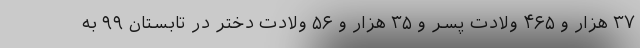
۳۷ هزار و ۴۶۵ ولادت پسر و ۳۵ هزار و ۵۶ ولادت دختر در تابستان ۹۹ به